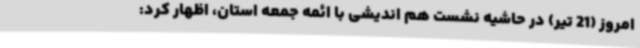
امروز (21 تیر) در حاشیه نشست هم اندیشی با ائمه جمعه استان، اظهار کرد: